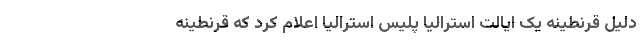
دلیل قرنطینه یک ایالت استرالیا پلیس استرالیا اعلام کرد که قرنطینه